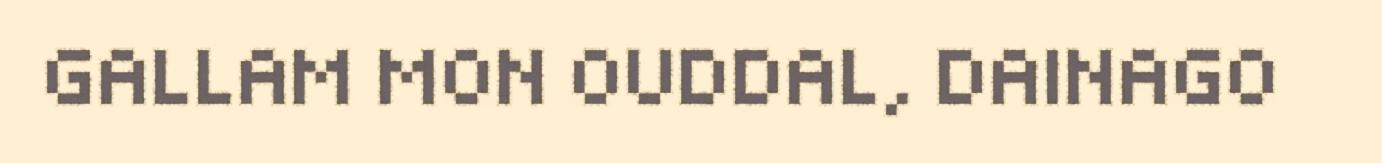
GALLAM MON OUDDAL, DAINAGO